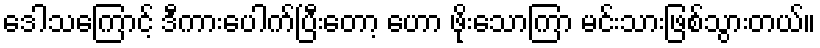
ဒေါသကြောင့် ဒီကားပေါက်ပြီးတော့ ဟော ဖိုးသောကြာ မင်းသားဖြစ်သွားတယ်။